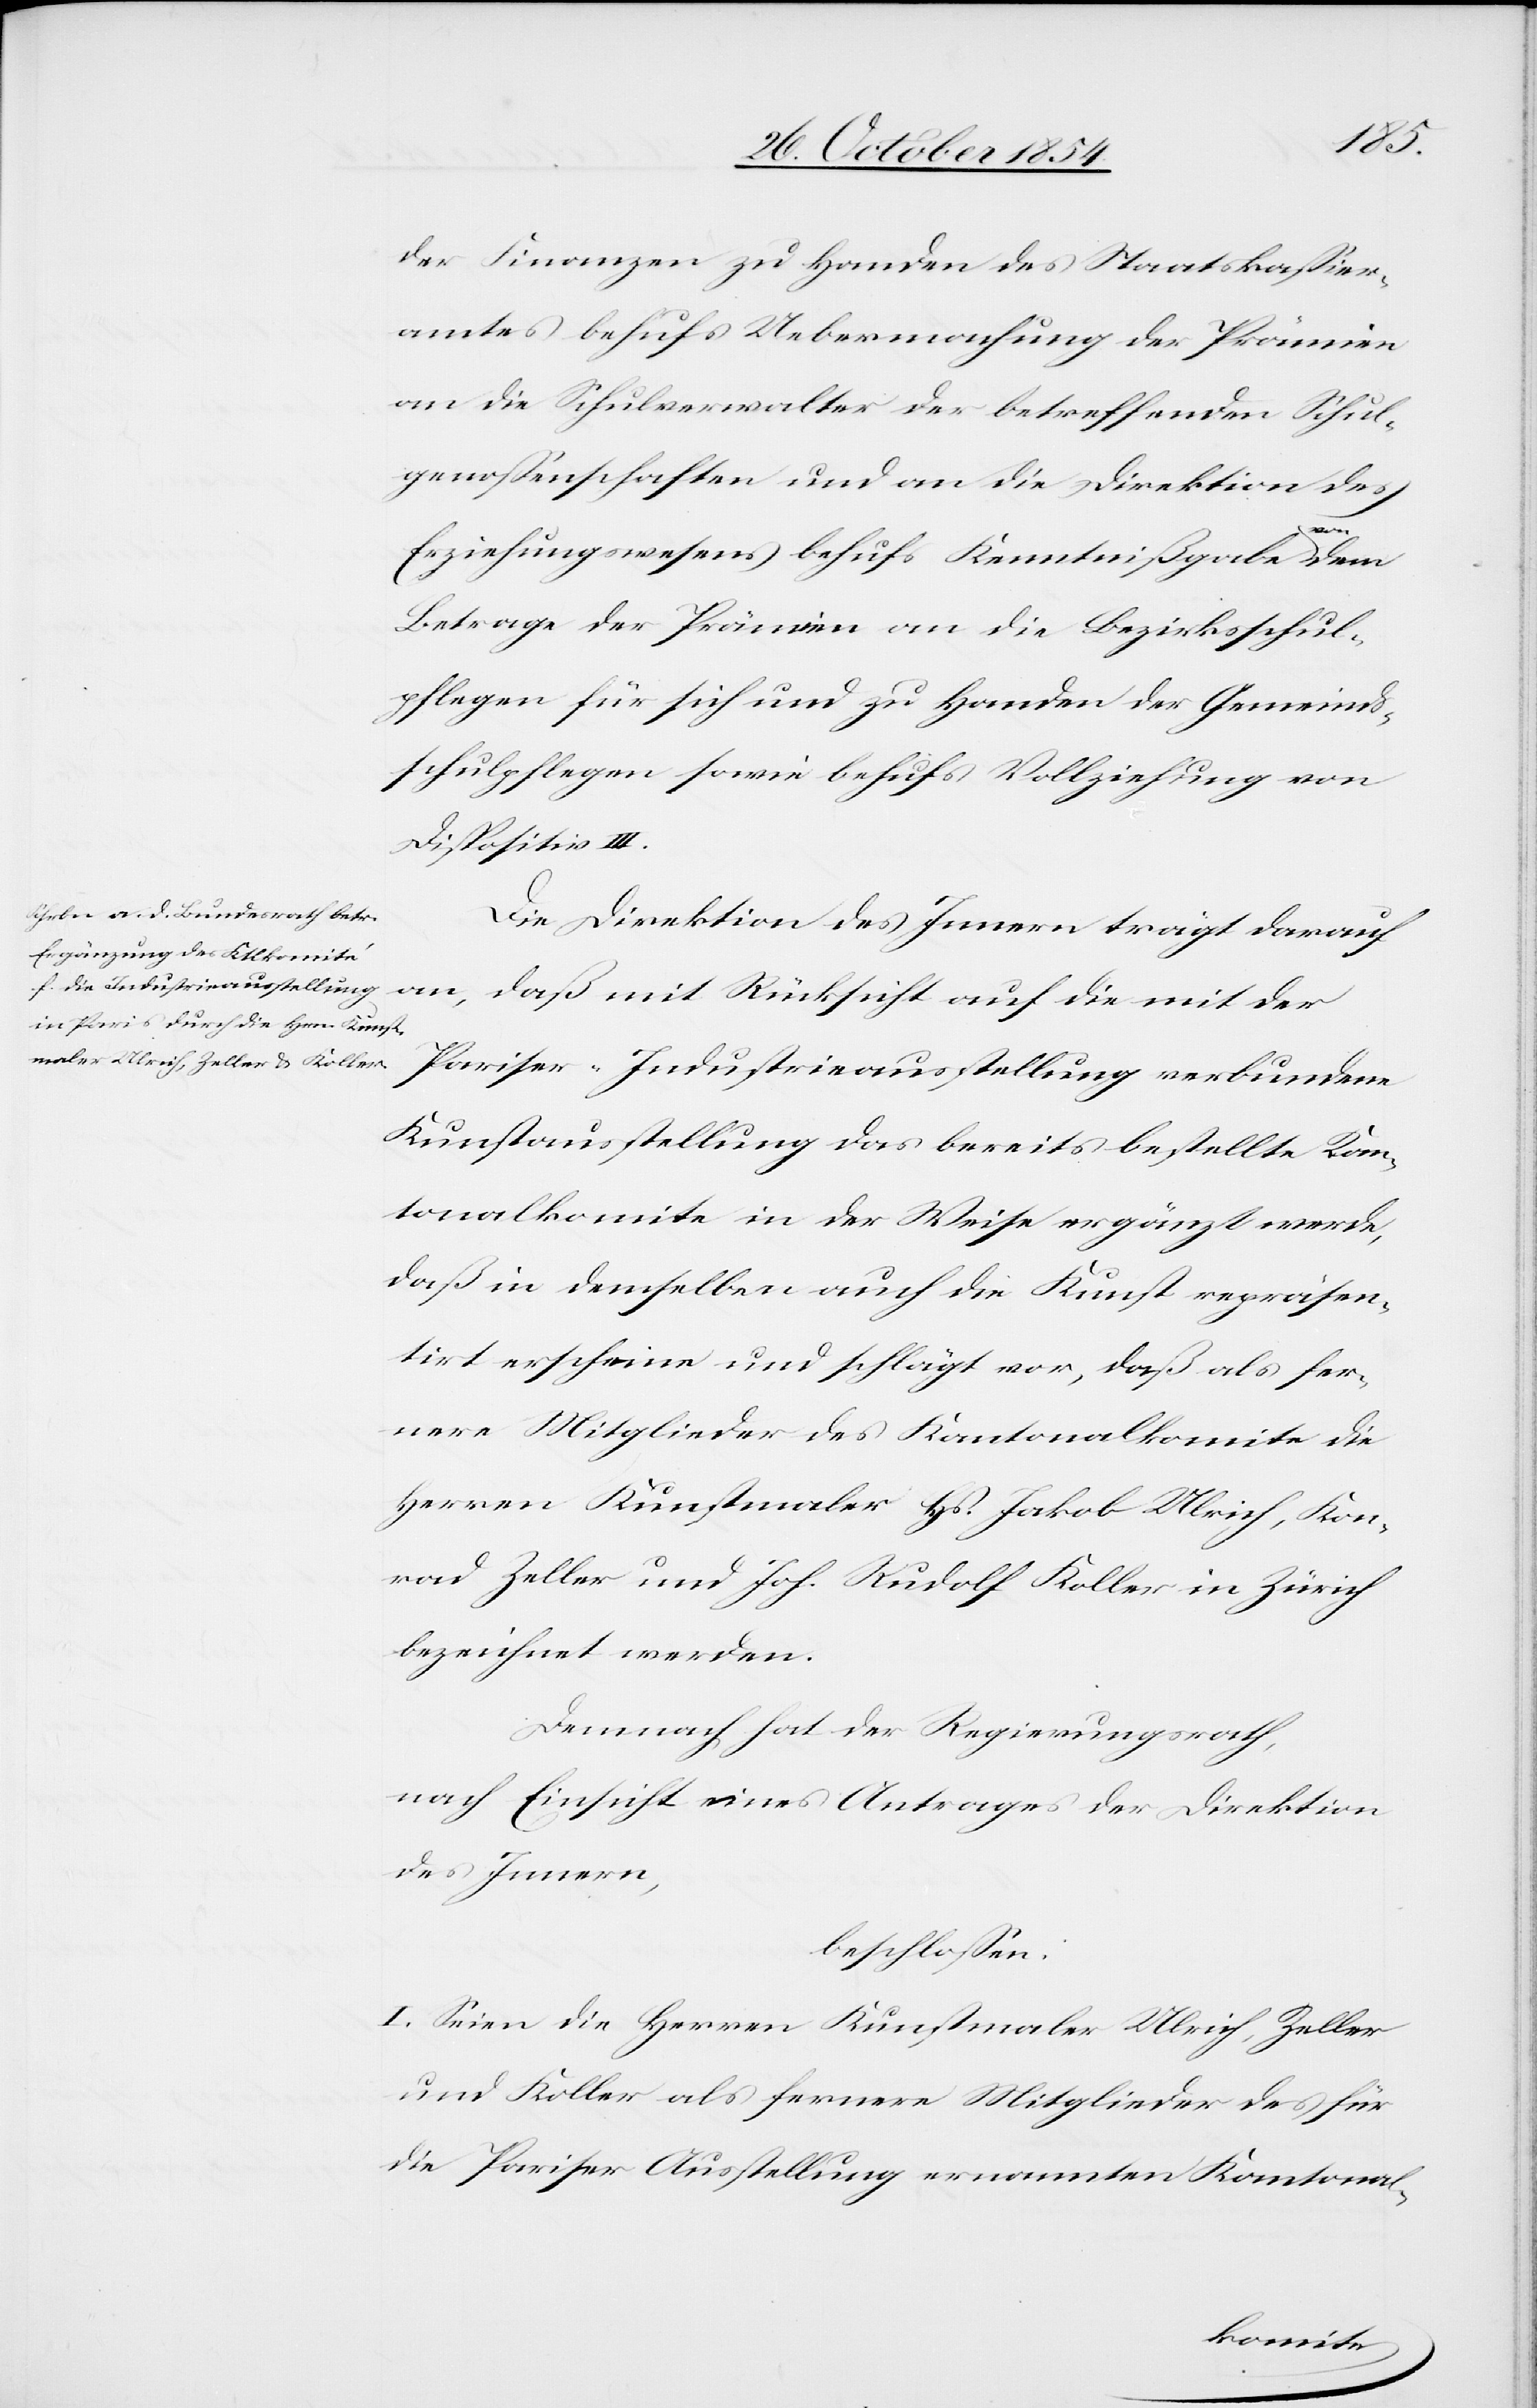
der Finanzen zu Handen des Staatskaßier¬
amtes behufs Uebermachung der Prämien
an die Schulverwalter der betreffenden Schul¬
genoßenschaften und an die Direktion des
Erziehungswesens behufs Kenntnißgabe
Betrage der Prämien an die Bezirksschul¬
pflegen für sich und zu Handen der Gemeinds¬
schulpflegen sowie behufs Vollziehung von
Dispositiv III.
Die Direktion des Innern trägt darauf
an, daß mit Rücksicht auf die mit der
Pariser-Industrieausstellung verbundene
Kunstausstellung das bereits bestellte Kan¬
tonalkomite in der Weise ergänzt werde,
daß in demselben auch die Kunst repräsen¬
tirt erscheine und schlägt vor, daß als fer¬
nere Mitglieder des Kantonalkomite die
Herren Kunstmaler Hs. Jakob Ulrich, Kon¬
rad Zeller und Joh. Rudolf Koll in Zürich
bezeichnet werden.
Demnach hat der Regierungsrath
nach Einsicht eines Antrages der Direktion
des Innern,
beschloßen:
I. Seien die Herren Kunstmaler Ulrich, Zeller
und Koller als fernere Mitglieder des für
die Pariser Ausstellung ernannten Kantonal-